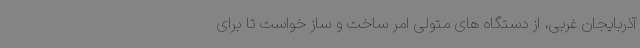
آذربایجان غربی، از دستگاه های متولی امر ساخت و ساز خواست تا برای